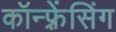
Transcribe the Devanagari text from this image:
कॉन्फ़्रेंसिंग